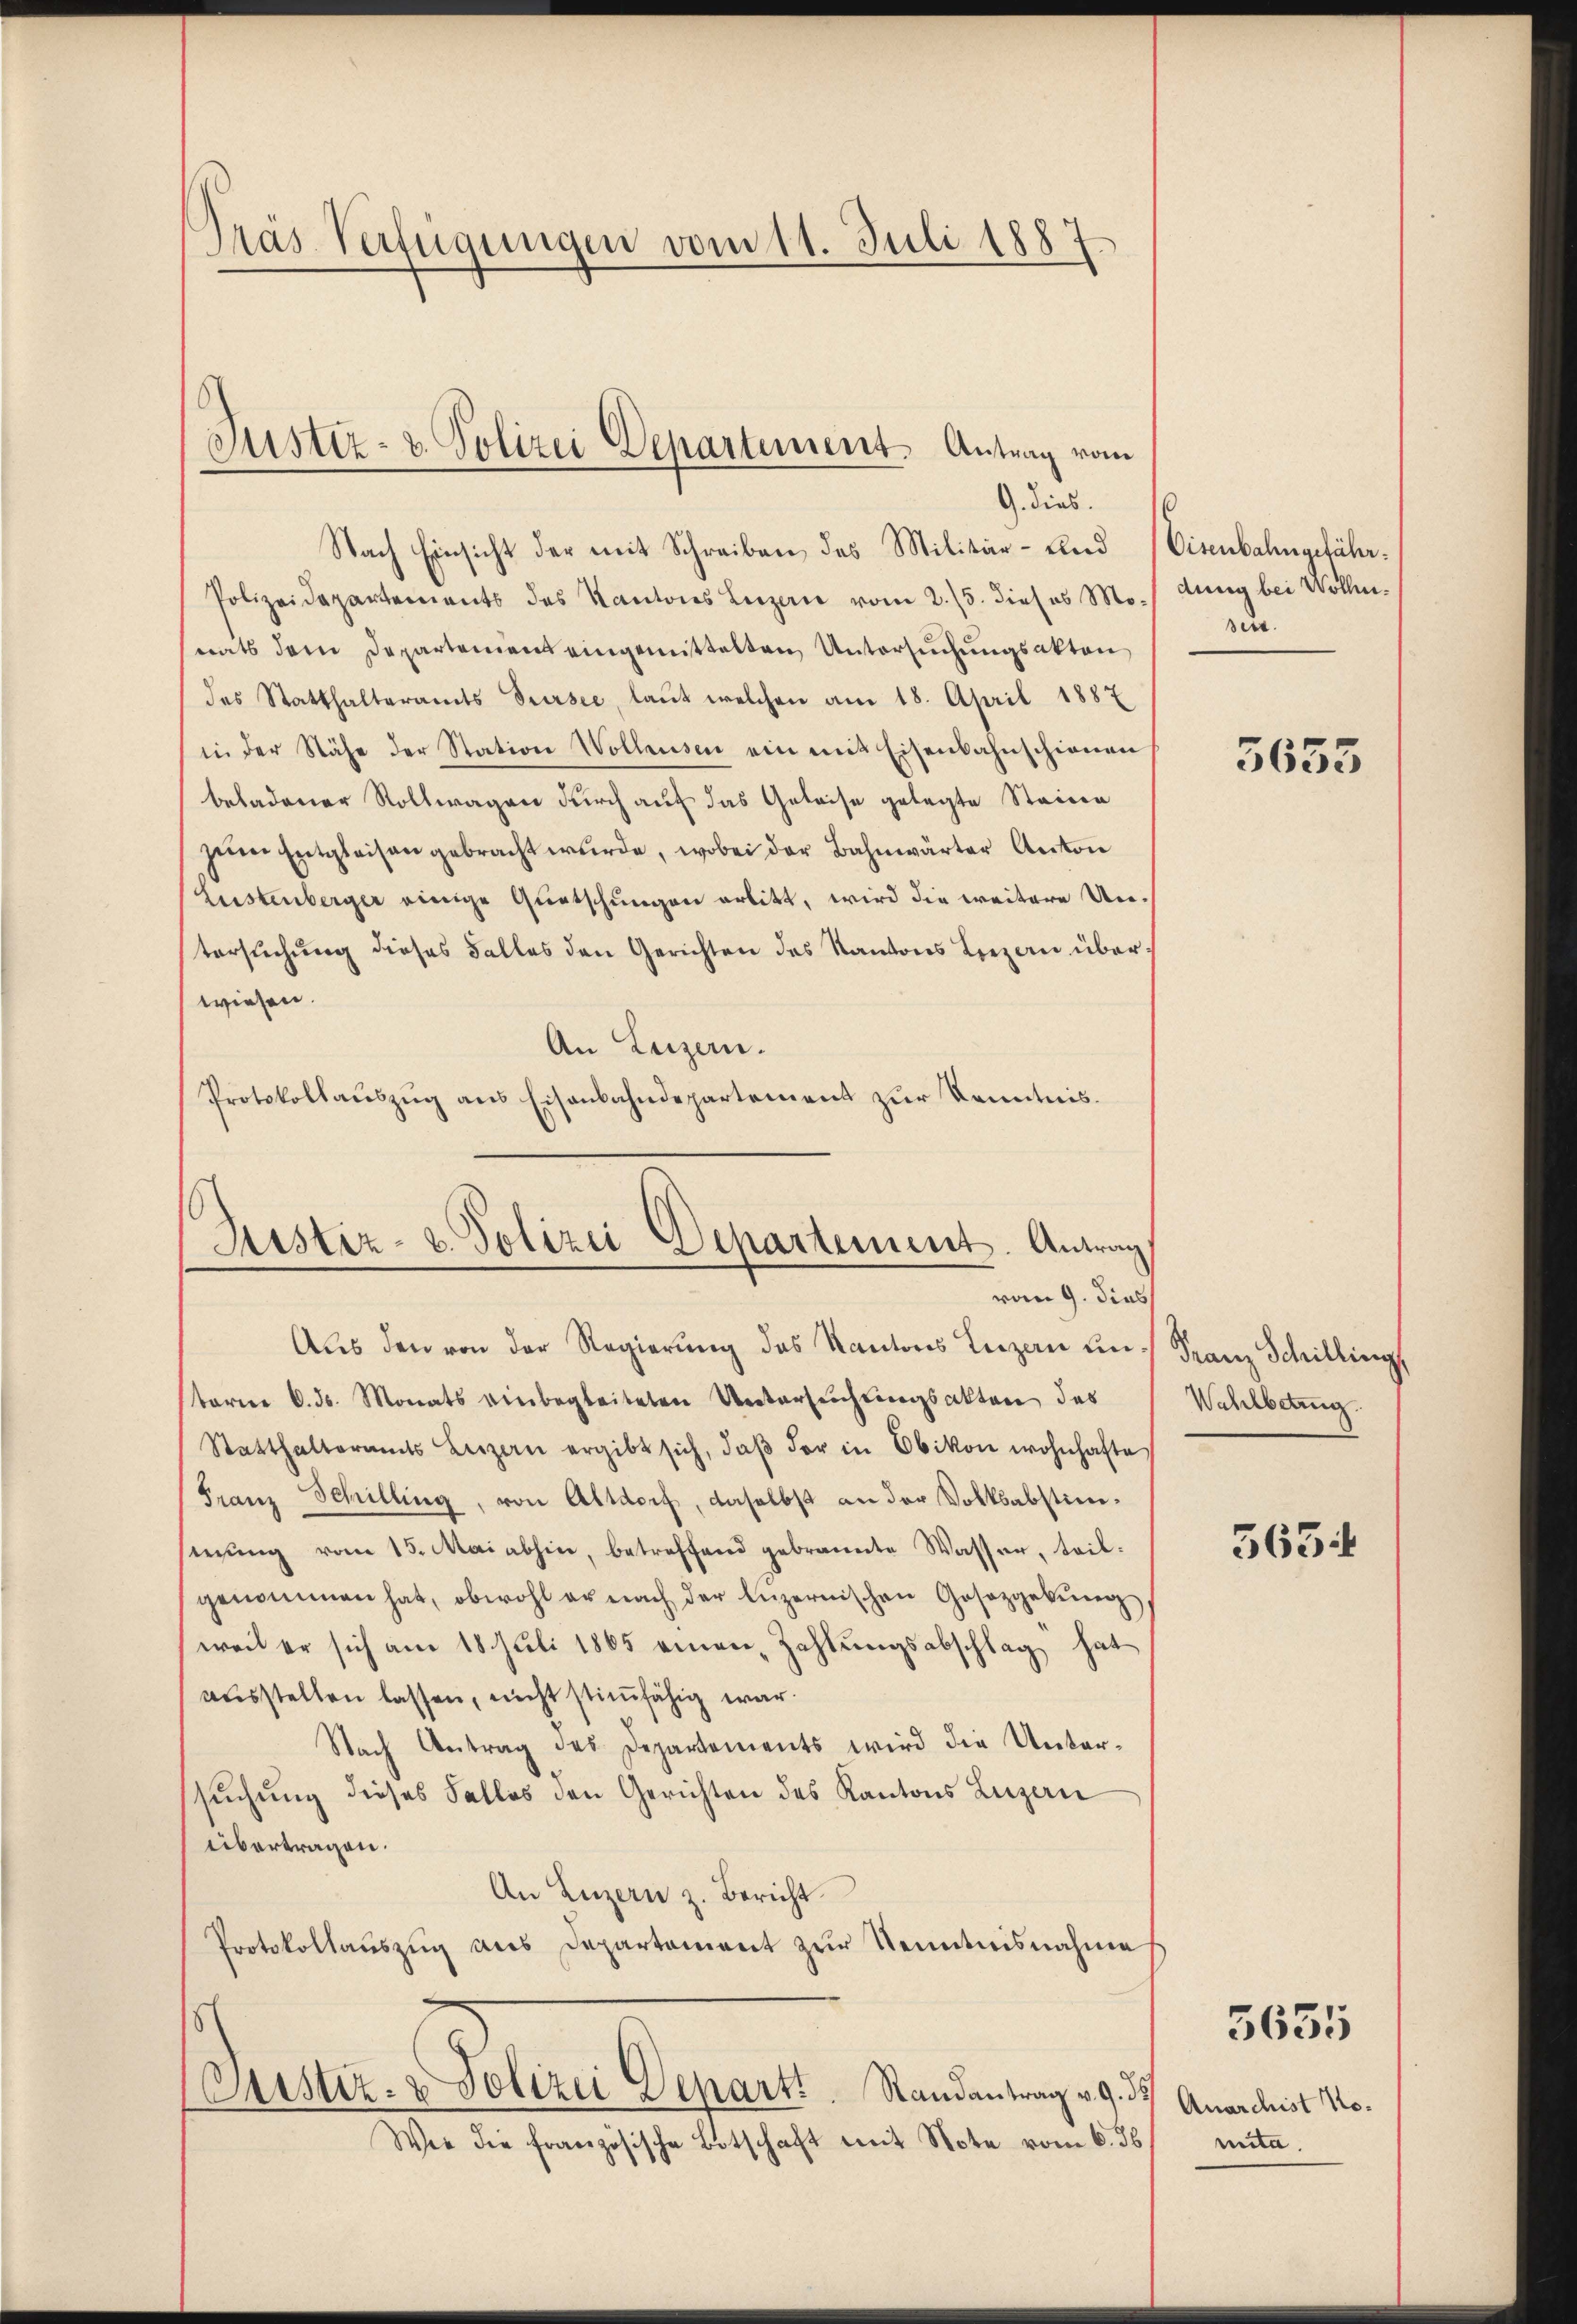
Pras Verfügungen vom 11. Juli 1887

Justiz- & Polizei Departement. Antrag vom
G. dies.

Nach Einsicht der mit Schreiben das Militär- und Eisenbahngefähr.
Polizeidepartements des Kantons Luzern vom 2./5. dieses Mo. / dŭng bei Wollinats dem Departeniens eingemittelten Untersuchungsakten
des Statthalteramts Sursee, laut welchen am 18. April 1887
in der Nähe der Station Wollensen ein mit Eisenbahnschienen
beladener Rollwagen durch auf das Geleise gelegte Steinen
zem Entglaisangebracht wŭrde, wobei der Bahnwärter Anton
Leistenberger einige Quetschungen erlitt, wird die weitere Untersuchung dieses Falles den Gerichten des Kantons Luzern überwiesen.
An Luzern.
Protokollaŭszŭg ans Eisenbahndepartement zŭr Kenntnis.

Justiz- & Polizei Departement. Antrag
vom 9. dies

Aus den von der Regierung des Kantons Luzern um Franz Schilling
terner C. ds. Monats einbegleiteten Untersuchtungsakten des
Statthalteramts Beizern ergibt sich, daβ der in Obikon wohnhafte
Franz Schilling, von Altdorf, daselbst an der Volksabstimsinŭng vom 15. Mai abhin, betreffend gebrannte Wasser, teil-
genommen hat, obwohl er nach der Lŭzernischen Gosozgebŭng
weil er sich am 18. Juli 1865 einen Zahlungsabschlag hat
aŭsstellen lassen, nicht stimmfähig war.
Nach Antrag des Departements wird die Untersuchung dieses Falles den Gerichten des Kantons Leizeri
übertragen.
An Luzern z. Bericht
Protokollaŭszŭg als Departament zŭr Kenntnisnahme
18
Sistiz- & Polizei Departi. Randantrag v. 9. ds.
Wie die französische Botschaft mit Note vom 6. ds

Seit

5653

Wahlbetrug

563

5631

Anarchist No.
mita.